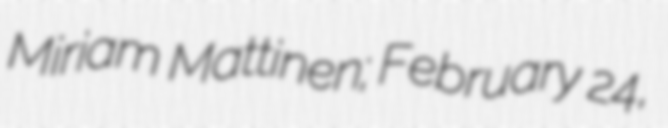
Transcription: Miriam Mattinen; February 24,